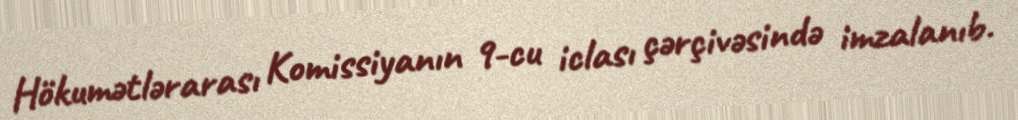
Hökumətlərarası Komissiyanın 9-cu iclası çərçivəsində imzalanıb.